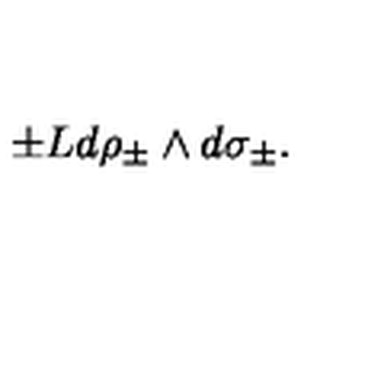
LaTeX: \pm L d \rho _ { \pm } \wedge d \sigma _ { \pm } .